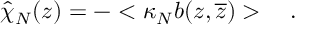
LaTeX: \hat { \chi } _ { N } ( z ) = - < \kappa _ { N } b ( z , \overline { { z } } ) > \quad .